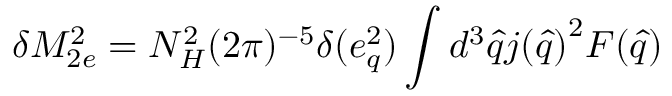
\delta M _ { 2 e } ^ { 2 } = N _ { H } ^ { 2 } ( 2 \pi ) ^ { - 5 } { \delta ( e _ { q } ^ { 2 } ) } \int d ^ { 3 } { \hat { q } } { j ( { \hat { q } } ) } ^ { 2 } F ( { \hat { q } } )